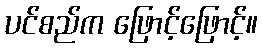
ပင်စည်က ဖြောင့်ဖြောင့်။